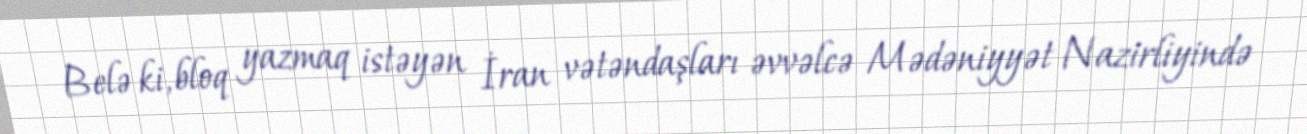
Belə ki, bloq yazmaq istəyən İran vətəndaşları əvvəlcə Mədəniyyət Nazirliyində